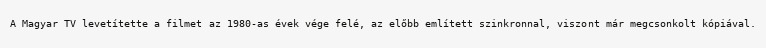
A Magyar TV levetítette a filmet az 1980-as évek vége felé, az előbb említett szinkronnal, viszont már megcsonkolt kópiával.